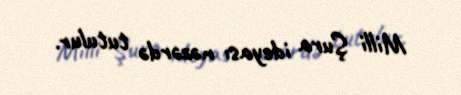
Milli Şura ideyası nəzərdə tutulur.